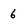
Character: 6